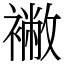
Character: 襒